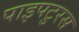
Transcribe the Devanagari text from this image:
पाइपटुरस